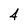
Character: 2